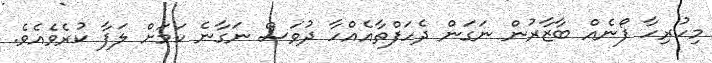
މިހުރިހާ ފޯނެއް ބާޒާރުން ނަގަން ދެހަފްތާއެއްހާ ދުވަސް ނަގާނެ ކަމަށް ލަފާ ކުރެވެއެވެ.